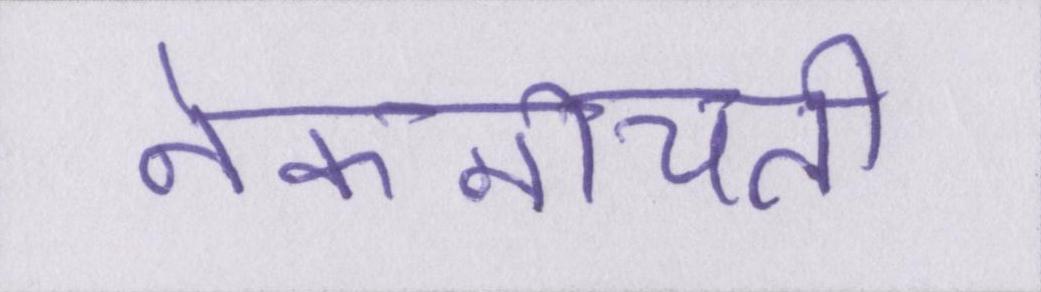
नेकनीयती